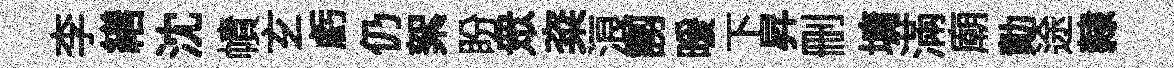
李繕沈幘𤣥虧仍絮盼衆粢浪謭暖下昇删墉滿廟勣途隸